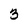
Character: 3